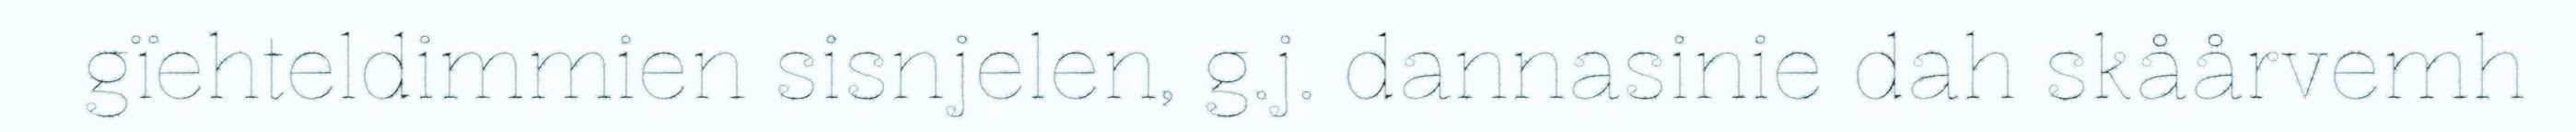
gïehteldimmien sisnjelen, g.j. dannasinie dah skåårvemh